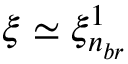
\xi \simeq \xi _ { n _ { b r } } ^ { 1 }